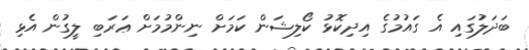
ބަދަލުގައި އެ ގައުމުގެ އިދިކޮޅު ކޯލިޝަން ކަމަށް ނިންމުމަށް ޢަރަބި ލީގުން އެޅި